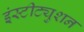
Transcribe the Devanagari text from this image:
इंस्टीट्युशन